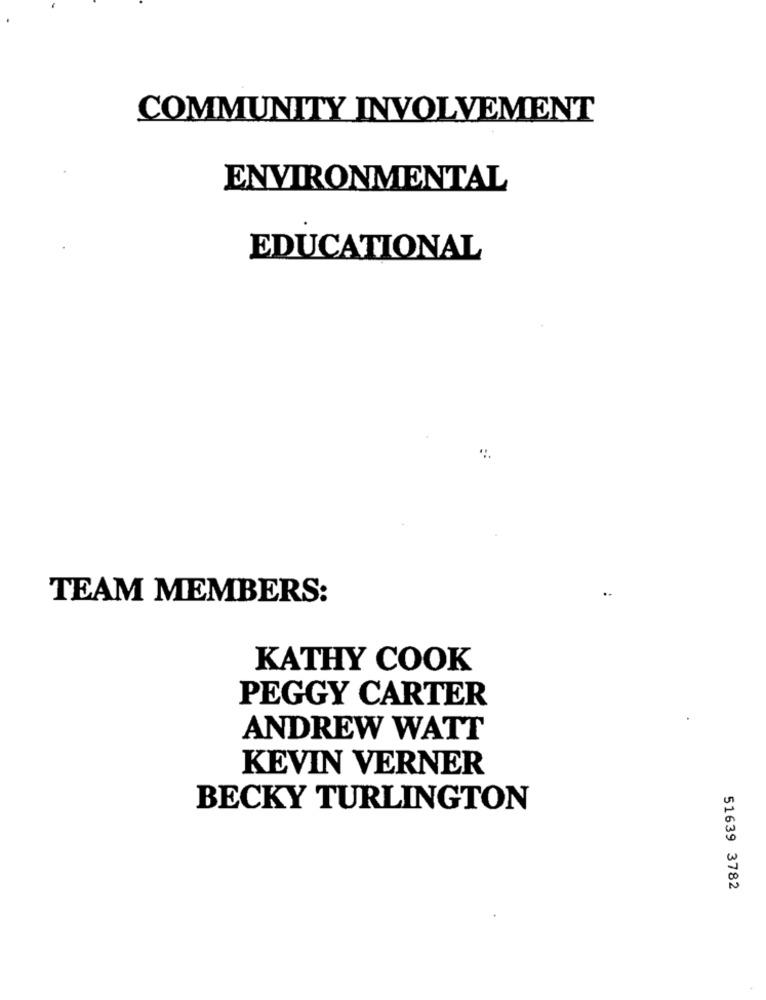
COMMUNITY INVOLVEMENT
ENVIRONMENTAL
EDUCATIONAL
TEAM MEMBERS:
KATHY COOK
PEGGY CARTER
ANDREW WATT
KEVIN VERNER
BECKY TURLINGTON
51639 3782